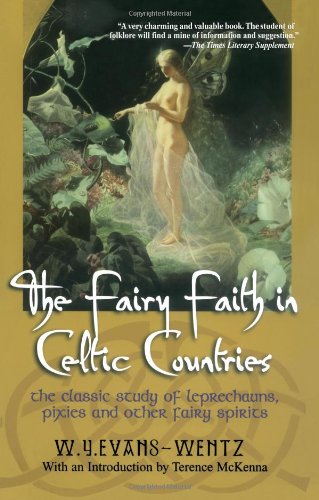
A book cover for The Fairy Faith in Celtic Countries: The Classic Study of Leprechauns, Pixies, and Other Fairy Spirits; W.Y. Evans Wentz; Computers & Technology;